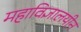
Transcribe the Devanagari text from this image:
महाविज्ञालयीन